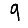
Digit: 9